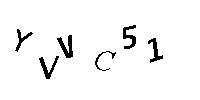
YVVC51